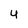
Character: 4